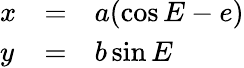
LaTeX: \begin{array}{lcl}{x}&{=}&{a(\cos E-e)}\\ {y}&{=}&{b\sin E}\end{array}